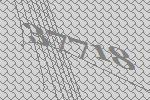
37718